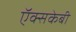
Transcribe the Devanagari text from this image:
ऍक्सकेबी